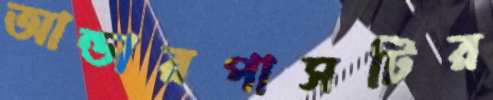
আন্ডারপাসটির